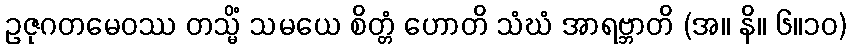
ဥဇုဂတမေဝဿ တသ္မိံ သမယေ စိတ္တံ ဟောတိ သံဃံ အာရဗ္ဘာတိ (အ။ နိ။ ၆။၁၀)